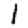
Digit: 1